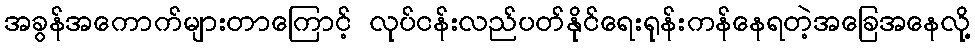
အခွန်အကောက်များတာကြောင့် လုပ်ငန်းလည်ပတ်နိုင်ရေးရုန်းကန်နေရတဲ့အခြေအနေလို့